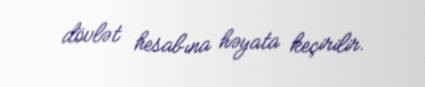
dövlət hesabına həyata keçirilir.